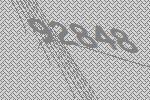
92848